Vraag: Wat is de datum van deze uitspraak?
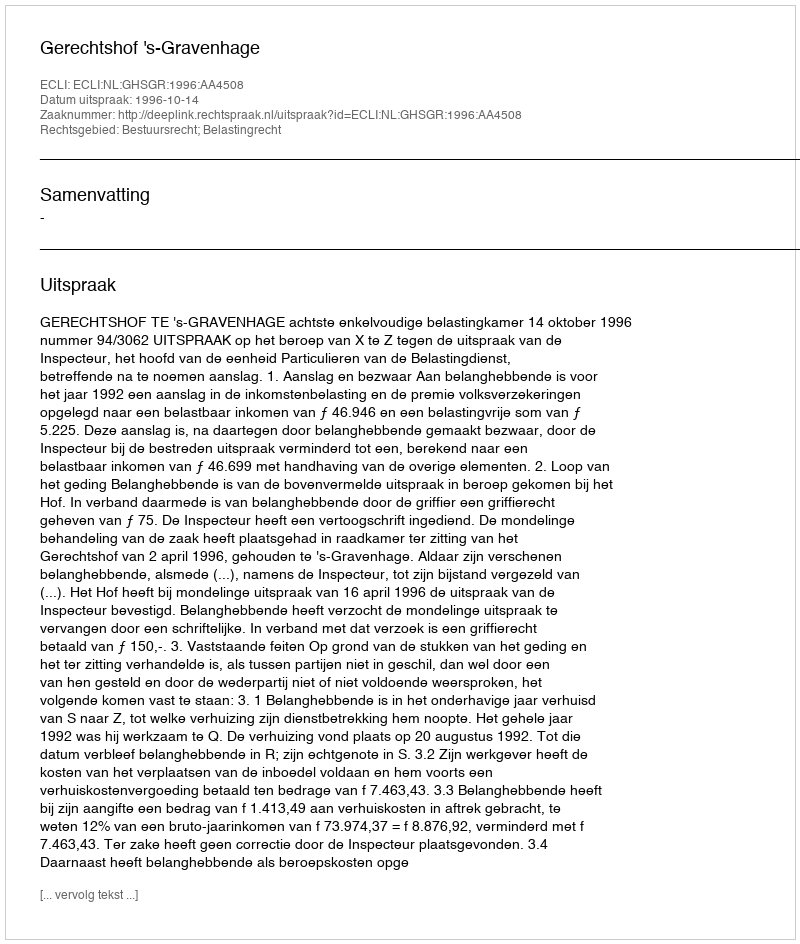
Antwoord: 1996-10-14